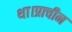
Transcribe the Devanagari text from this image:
था।प्राचीन